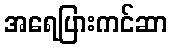
အရေပြားကင်ဆာ